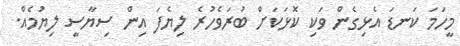
މީހަމަ ކަނޑަ އެޅިގެން ވަކި ކޮޅަކަށް ބުރަވެހުރެ ލިޔެފަ އިން ސިޔާސީ ލިޔުމެއް.